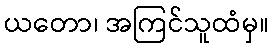
ယတော၊ အကြင်သူထံမှ။